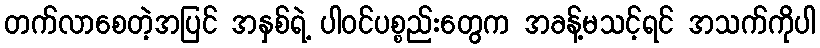
တက်လာစေတဲ့အပြင် အနှစ်ရဲ့ ပါဝင်ပစ္စည်းတွေက အခန့်မသင့်ရင် အသက်ကိုပါ